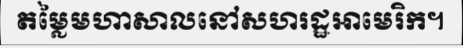
តម្លៃមហាសាលនៅសហរដ្ឋអាមេរិក។